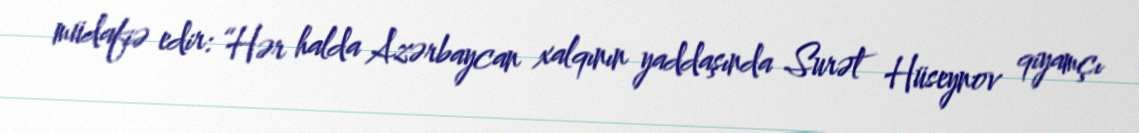
müdafiə edir: “Hər halda Azərbaycan xalqının yaddaşında Surət Hüseynov qiyamçı